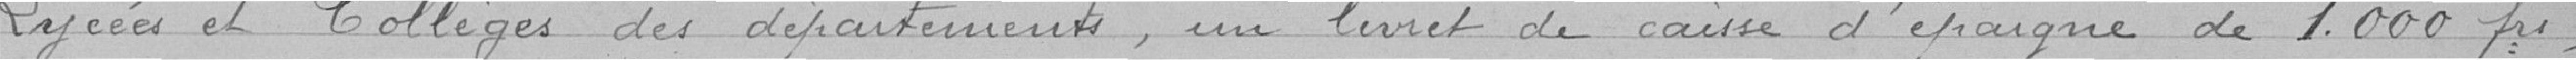
Lycées et Collèges des départements, un livret de caisse d'épargne de 1000 francs